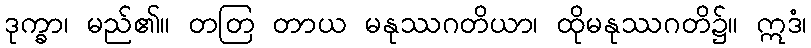
ဒုက္ခာ၊ မည်၏။ တတြ တာယ မနုဿဂတိယာ၊ ထိုမနုဿဂတိ၌။ ဣဒံ၊